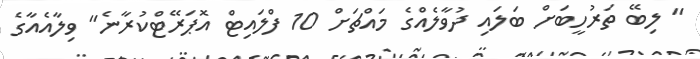
" ލިބޭ ތަރުހީބަށް ބަލައި ދުވާލެއްގެ މައްޗަށް 10 ފްލައިޓް އޮޕަރޭޓްކުރާނެ" ވިލާއެއާގެ